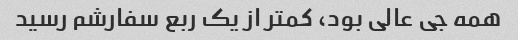
همه جی عالی بود، کمتر از یک ربع سفارشم رسید